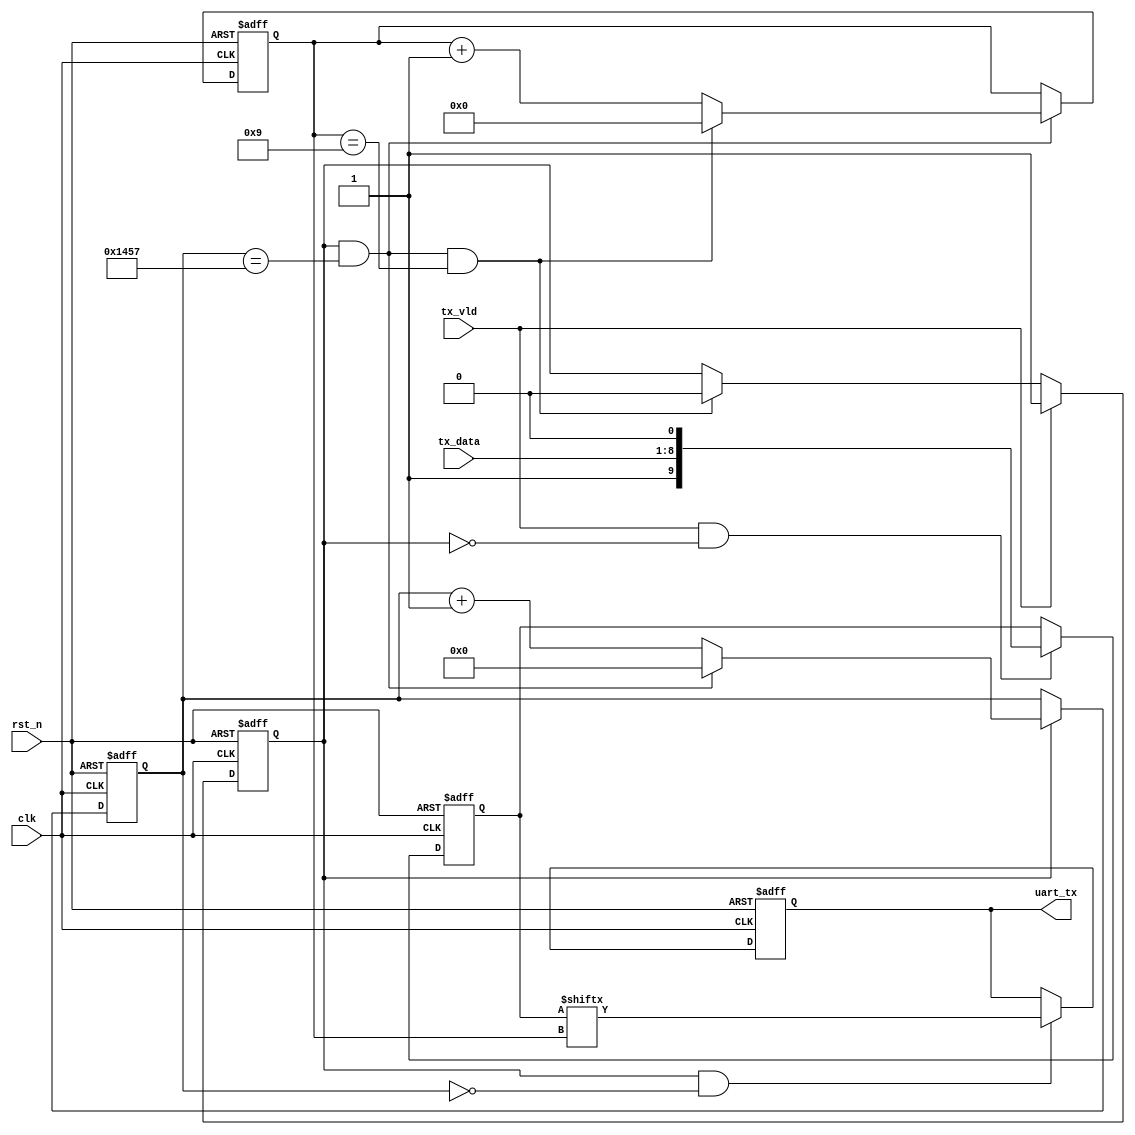
module uart_tx(
    clk     ,
    rst_n   ,
    tx_vld  ,
    tx_data ,
    uart_tx
// tx_rdy  
);

parameter   DATA_T =            8;
parameter   DATA_0 =           13;
parameter   DATA_1 =            4;

input                         clk;
input                       rst_n;
input                      tx_vld;
input       [DATA_T-1:0]  tx_data;
output                    uart_tx;
// output                     tx_rdy;

reg					      uart_tx;
// reg                        tx_rdy;

reg         [DATA_0-1:0]     cnt0;
wire                     add_cnt0;
wire                     end_cnt0;

reg         [DATA_1-1:0]     cnt1;
wire                     add_cnt1;
wire                     end_cnt1;

reg                      add_flag;

reg         [9:0]    tx_data_temp;
wire                    load_data;

wire                      en_send;

//9600
always @(posedge clk or negedge rst_n)begin
    if(!rst_n)begin
        cnt0 <= 0;
    end
    else if(add_cnt0)begin
        if(end_cnt0)
            cnt0 <= 0;
        else
            cnt0 <= cnt0 + 1'b1;
    end
end
assign add_cnt0 = add_flag;
assign end_cnt0 = add_cnt0 && cnt0 == 5208 - 1;

//10
always @(posedge clk or negedge rst_n)begin
    if(!rst_n)begin
        cnt1 <= 0;
    end
    else if(add_cnt1)begin
        if(end_cnt1)
            cnt1 <= 0;
        else
            cnt1 <= cnt1 + 1'b1;
    end
end
assign add_cnt1 = end_cnt0;
assign end_cnt1 = add_cnt1 && cnt1 == 10 - 1;

//add_flag
always @(posedge clk or negedge rst_n)begin
    if(!rst_n)begin
        add_flag <= 0;
    end
    else if(tx_vld)begin
        add_flag <= 1;
    end
    else if(end_cnt1)begin
        add_flag <= 0;
    end
end

//
always @(posedge clk or negedge rst_n)begin
    if(!rst_n)begin
        tx_data_temp <= 0;
    end
    else if(load_data)begin
        tx_data_temp <= {1'b1,tx_data,1'b0};
    end
end
assign load_data = tx_vld && !add_flag;

//
always @(posedge clk or negedge rst_n)begin
    if(!rst_n)begin
        uart_tx <= 1;//1
    end
    else if(en_send)begin
        uart_tx <= tx_data_temp[cnt1];
    end
end
assign en_send = add_cnt0 && cnt0 == 0;


// always @(*)begin
//     if(add_flag || tx_vld)
//         tx_rdy = 0;
//     else
//         tx_rdy = 1;
// end

endmodule